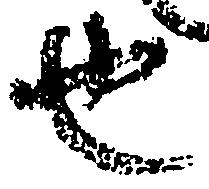
也